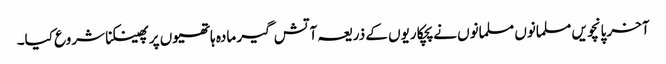
آخر پانچویں مسلمانوں مسلمانوں نے پچکاریوں کے ذریعہ آتش گیر مادہ ہاتھیوں پر پھینکنا شروع کیا۔